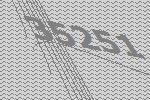
35251